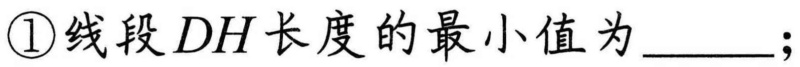
\textcircled{1}线段 \(DH\)长度的最小值为\underline{\qquad}；